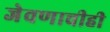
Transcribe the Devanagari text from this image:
जेवणाचीही